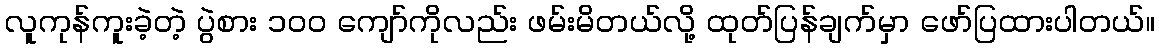
လူကုန်ကူးခဲ့တဲ့ ပွဲစား ၁၀၀ ကျော်ကိုလည်း ဖမ်းမိတယ်လို့ ထုတ်ပြန်ချက်မှာ ဖော်ပြထားပါတယ်။